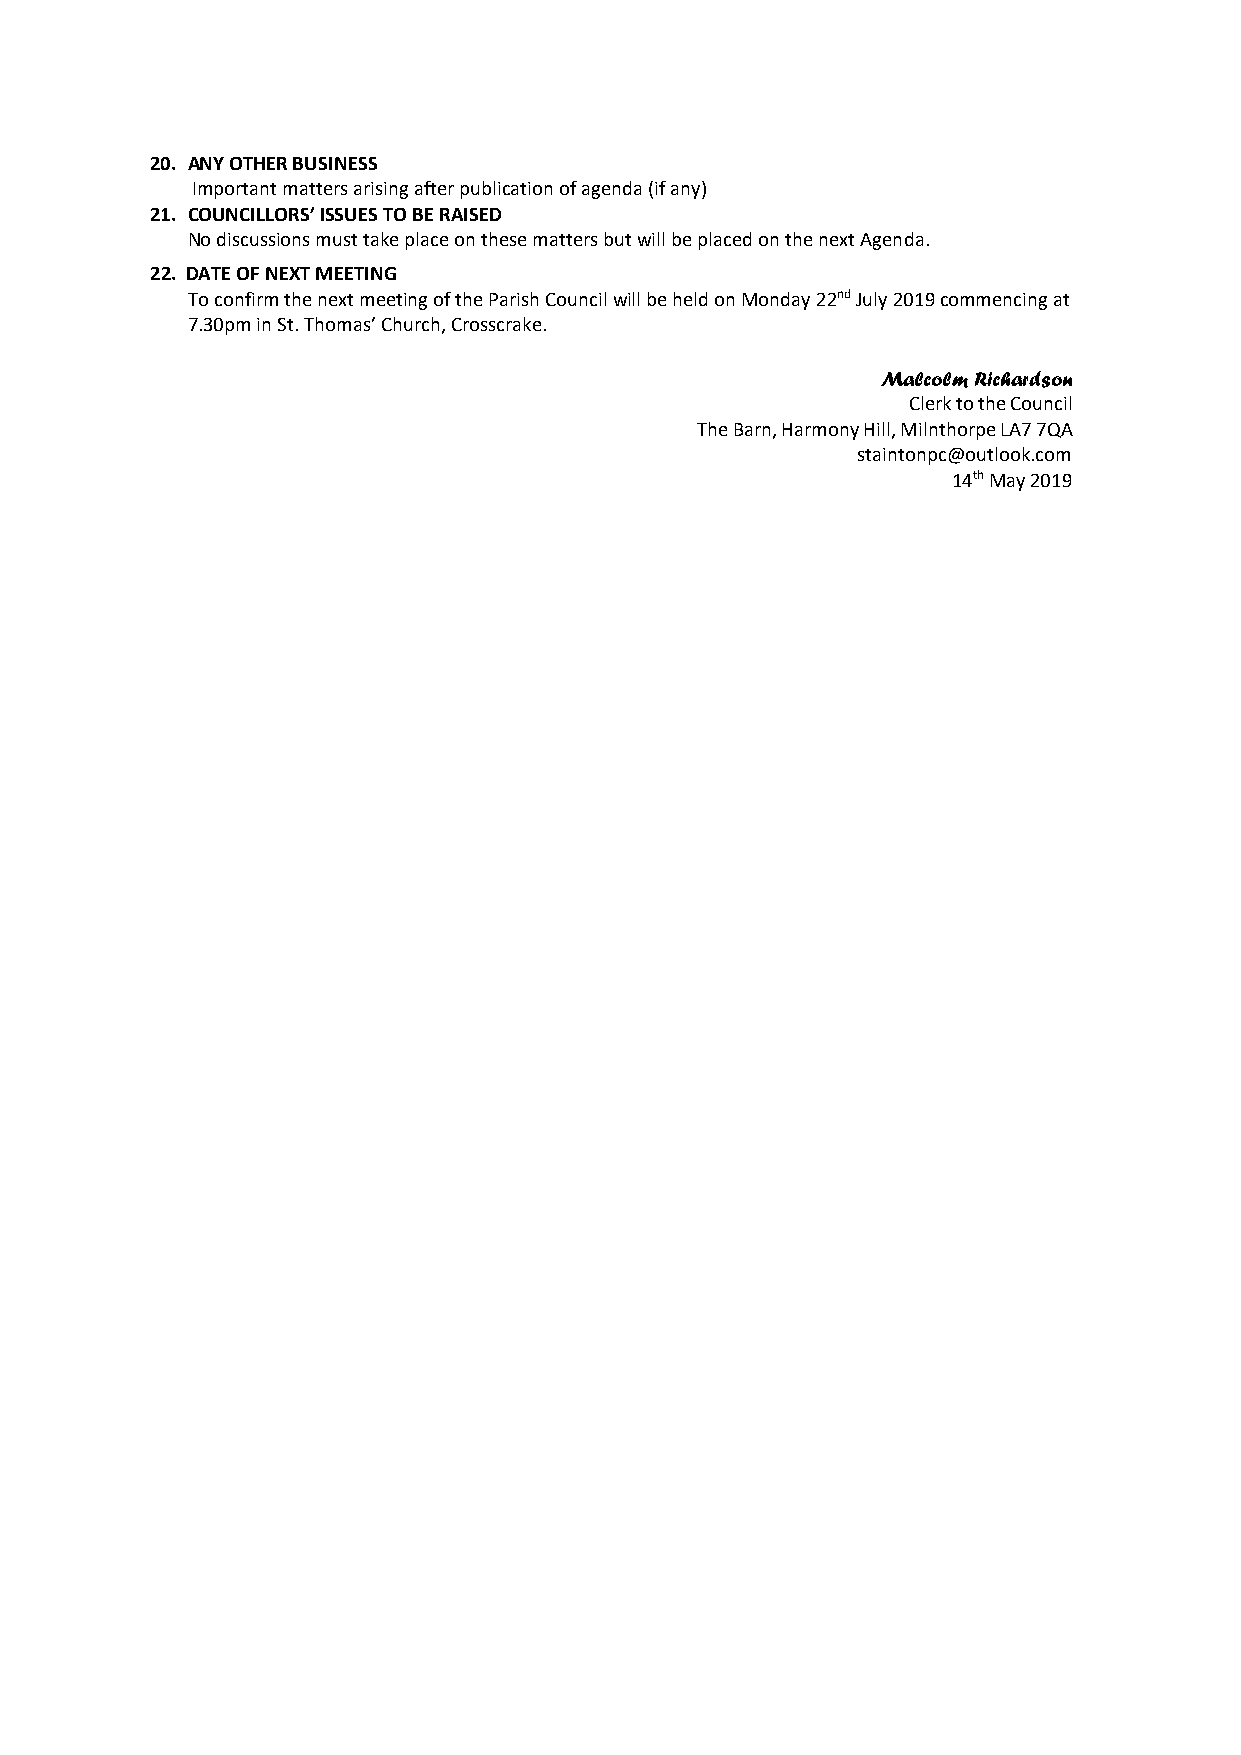
20. ANY OTHER BUSINESS
 Important matters arising after publication of agenda (if any)
 21. COUNCILLORS’ ISSUES TO BE RAISED
 No discussions must take place on these matters but will be placed on the next Agenda.
 22. DATE OF NEXT MEETING
 To confirm the next meeting of the Parish Council will be held on Monday 22nd July 2019 commencing at
 7.30pm in St. Thomas’ Church, Crosscrake.
 Malcolm Richardson
 Clerk to the Council
 The Barn, Harmony Hill, Milnthorpe LA7 7QA
 staintonpc@outlook.com
 14th May 2019